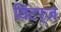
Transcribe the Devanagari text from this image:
विंटर्ज